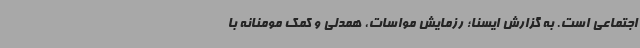
اجتماعی است. به گزارش ایسنا؛ رزمایش مواسات، همدلی و کمک مومنانه با